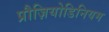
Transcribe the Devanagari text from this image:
प्रौज़ियोडिनियम